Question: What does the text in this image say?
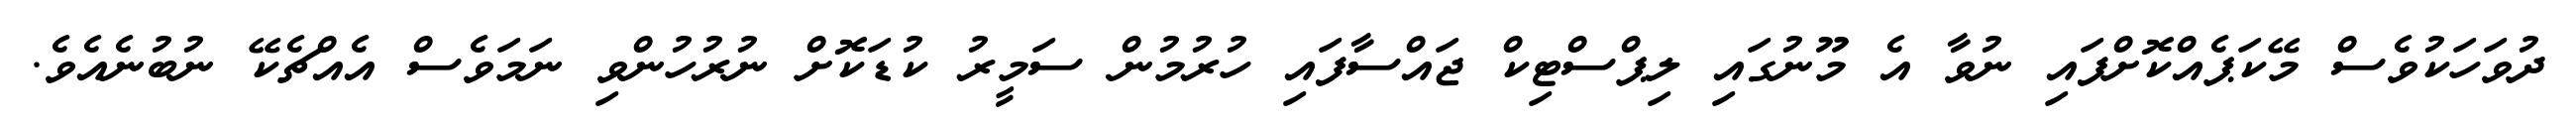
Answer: ދުވަހަކުވެސް މޭކަޕެއްކޮށްފައި ނުވާ އެ މޫނުގައި ލިޕްސްޓިކް ޖައްސާފައި ހުރުމުން ސަމީރު ކުޑަކޮށް ނުރުހުންވި ނަމަވެސް އެއްޗެކޭ ނުބުނެއެވެ.